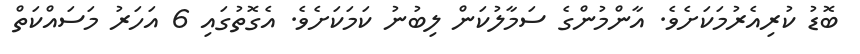
ބޮޑު ކުރިއެރުމަކަށެވެ. އާންމުންގެ ސަމާލުކަން ލިބުނު ކަމަކަށެވެ. އެގޮތުގައި 6 އަހަރު މަސައްކަތް